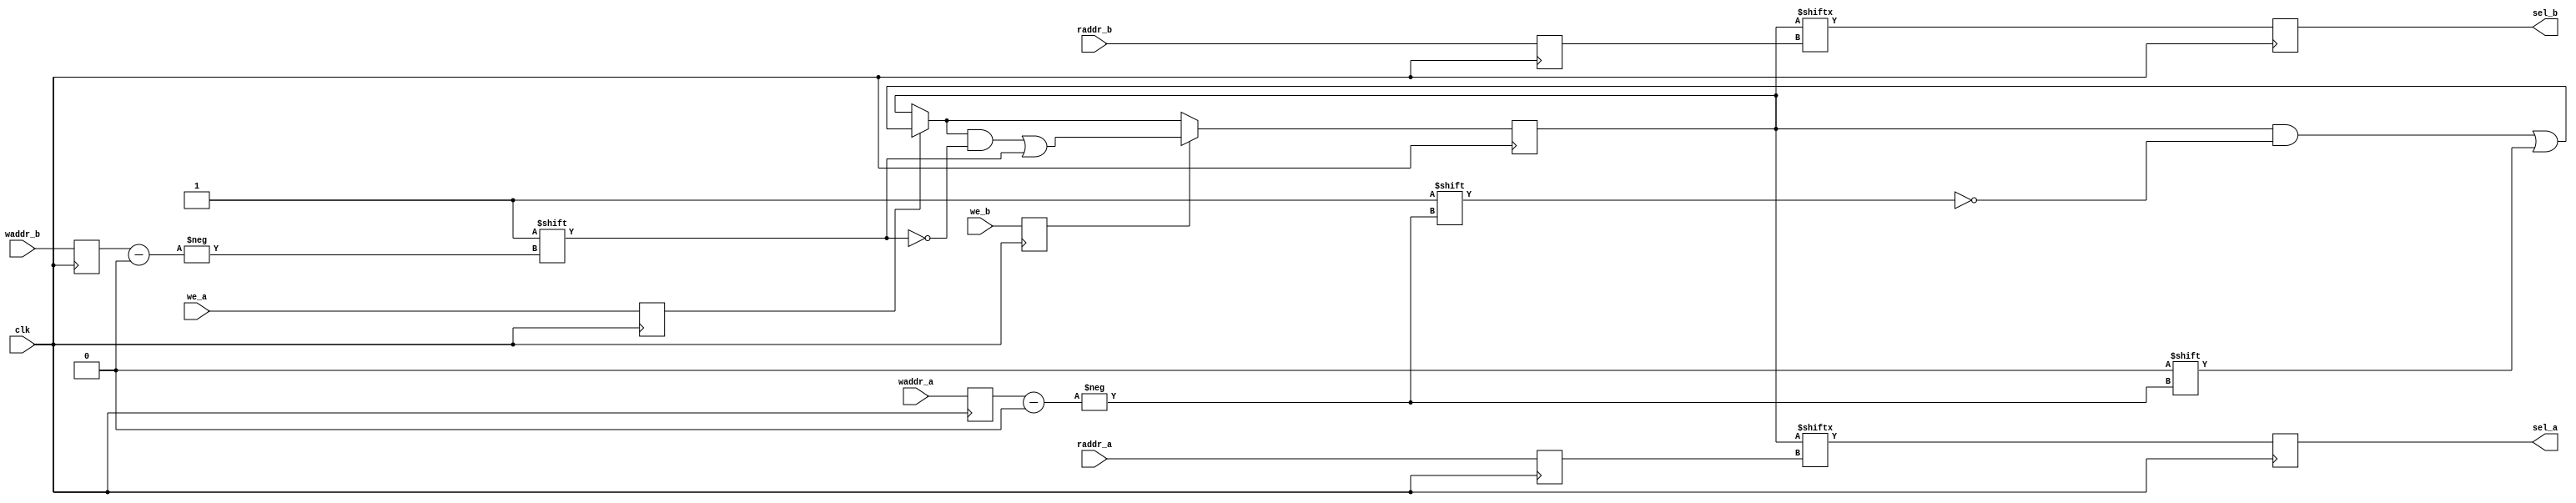
// Copyright 2007 Altera Corporation. All rights reserved.  
// Altera products are protected under numerous U.S. and foreign patents, 
// maskwork rights, copyrights and other intellectual property laws.  
//
// This reference design file, and your use thereof, is subject to and governed
// by the terms and conditions of the applicable Altera Reference Design 
// License Agreement (either as signed by you or found at www.altera.com).  By
// using this reference design file, you indicate your acceptance of such terms
// and conditions between you and Altera Corporation.  In the event that you do
// not agree with such terms and conditions, you may not use the reference 
// design file and please promptly destroy any copies you have made.
//
// This reference design file is being provided on an "as-is" basis and as an 
// accommodation and therefore all warranties, representations or guarantees of 
// any kind (whether express, implied or statutory) including, without 
// limitation, warranties of merchantability, non-infringement, or fitness for
// a particular purpose, are specifically disclaimed.  By making this reference
// design file available, Altera expressly does not recommend, suggest or 
// require that this reference design file be used in combination with any 
// other product not provided by Altera.
/////////////////////////////////////////////////////////////////////////////

// baeckler - 04-24-2007
//
// In the event of a contest the flag will be set for B (1)
//
module flag_array (
	clk,
	waddr_a, waddr_b, 
	we_a, we_b, 
	raddr_a, raddr_b,
	sel_a, sel_b
);

parameter ADDR_WIDTH = 4;
parameter NUM_SLOTS = 1 << ADDR_WIDTH;

input clk;
input [ADDR_WIDTH-1:0] waddr_a,waddr_b,raddr_a,raddr_b;
input we_a,we_b;
output sel_a,sel_b;

reg [NUM_SLOTS-1:0] slots;

reg [ADDR_WIDTH-1:0] waddr_a_r,waddr_b_r,raddr_a_r,raddr_b_r;
reg we_a_r, we_b_r;

always @(posedge clk) begin
	waddr_a_r <= waddr_a;
	waddr_b_r <= waddr_b;
	raddr_a_r <= raddr_a;
	raddr_b_r <= raddr_b;
	we_a_r <= we_a;
	we_b_r <= we_b;
end

reg sel_a,sel_b;
always @(posedge clk) begin
	if (we_a_r) slots[waddr_a_r] <= 1'b0;
	if (we_b_r) slots[waddr_b_r] <= 1'b1;
	sel_a <= slots[raddr_a_r];
	sel_b <= slots[raddr_b_r];
end

endmodule